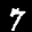
Label: 7